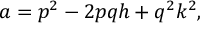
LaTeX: a = p ^ { 2 } - 2 p q h + q ^ { 2 } k ^ { 2 } ,